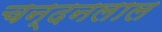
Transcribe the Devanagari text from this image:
चन्दनलाल